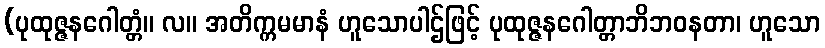
(ပုထုဇ္ဇနဂေါတ္တံ။ လ။ အတိက္ကမမာနံ ဟူသောပါဌ်ဖြင့် ပုထုဇ္ဇနဂေါတ္တာဘိဘဝနတာ၊ ဟူသော